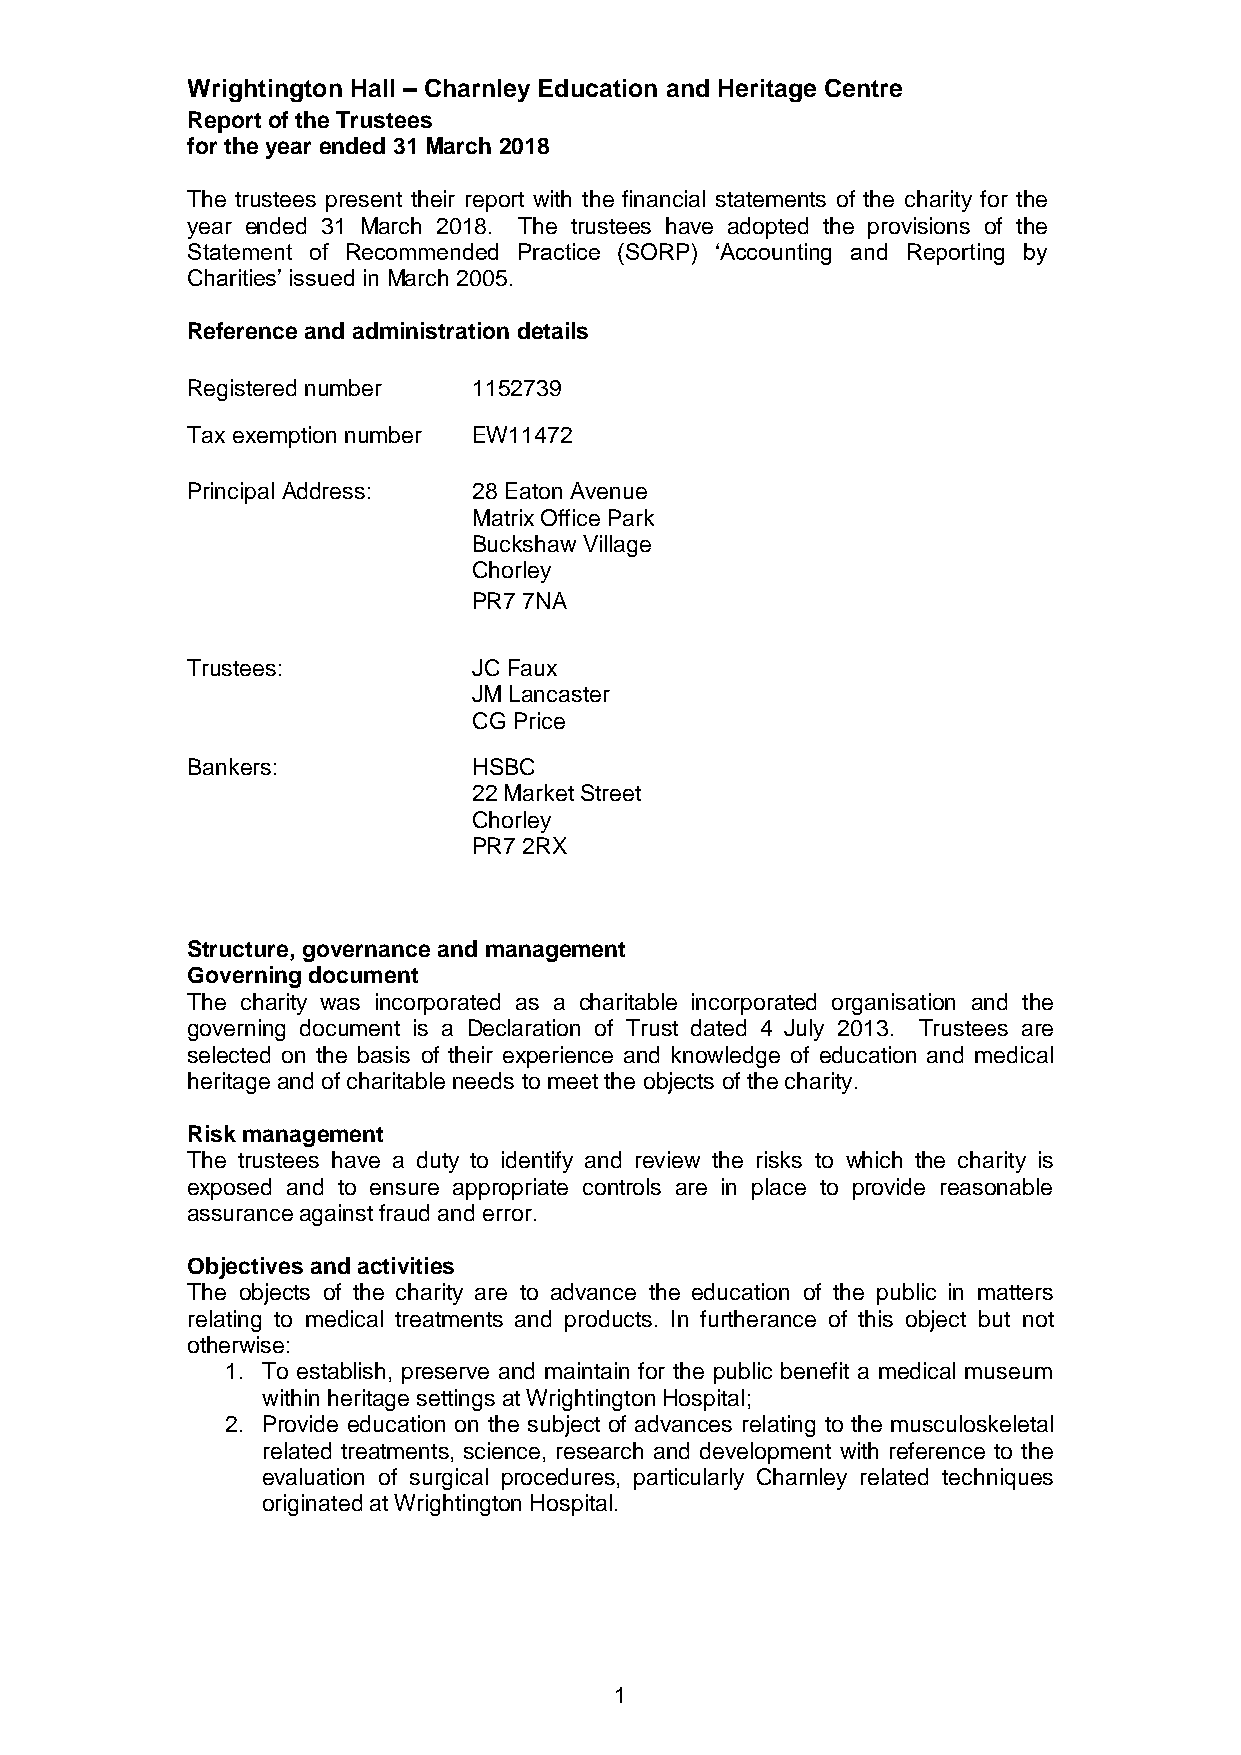
Wrightington Hall – Charnley Education and Heritage Centre
 Report of the Trustees
 for the year ended 31 March 2018
 The trustees present their report with the financial statements of the charity for the
 year ended 31 March 2018. The trustees have adopted the provisions of the
 Statement of Recommended Practice (SORP) ‘Accounting and Reporting by
 Charities’ issued in March 2005.
 Reference and administration details
 Registered number  1152739
 Tax exemption number EW11472
 Principal Address: 28 Eaton Avenue
 Matrix Office Park
 Buckshaw Village
 Chorley
 PR7 7NA
 Trustees:          JC Faux
 JM Lancaster
 CG Price
 Bankers:           HSBC
 22 Market Street
 Chorley
 PR7 2RX
 Structure, governance and management
 Governing document
 The charity was incorporated as a charitable incorporated organisation and the
 governing document is a Declaration of Trust dated 4 July 2013. Trustees are
 selected on the basis of their experience and knowledge of education and medical
 heritage and of charitable needs to meet the objects of the charity.
 Risk management
 The trustees have a duty to identify and review the risks to which the charity is
 exposed and to ensure appropriate controls are in place to provide reasonable
 assurance against fraud and error.
 Objectives and activities
 The objects of the charity are to advance the education of the public in matters
 relating to medical treatments and products. In furtherance of this object but not
 otherwise:
 1. To establish, preserve and maintain for the public benefit a medical museum
 within heritage settings at Wrightington Hospital;
 2. Provide education on the subject of advances relating to the musculoskeletal
 related treatments, science, research and development with reference to the
 evaluation of surgical procedures, particularly Charnley related techniques
 originated at Wrightington Hospital.
 1